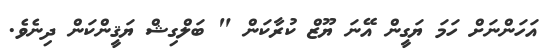
އަހަންނަށް ހަމަ ޔަގީން އޭނަ ޔޫޒް ކުރާކަން " ބަލްގިޝް ޔަޤީންކަން ދިނެވެ.